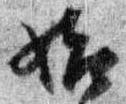
始